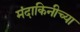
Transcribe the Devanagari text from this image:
मंदाकिनीच्या